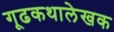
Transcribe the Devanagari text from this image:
गूढकथालेखक